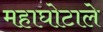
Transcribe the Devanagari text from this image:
महाघोटाले